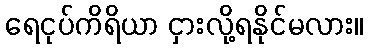
ရေငုပ်ကိရိယာ ငှားလို့ရနိုင်မလား။